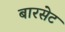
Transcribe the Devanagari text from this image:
बारसेट